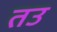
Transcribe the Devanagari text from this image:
तउ